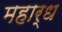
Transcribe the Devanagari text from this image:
महार्ध